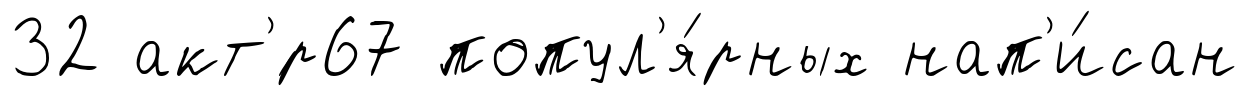
32 акт'́р67 попул'я́рных нап'и́сан